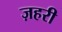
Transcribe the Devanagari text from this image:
ज़हरी